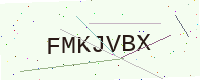
Text: FMKJVBX